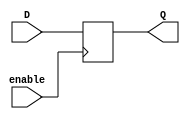
module gated_d_latch_flip_flop (
    input D,
    input enable,
    output reg Q
);

always @ (posedge enable)
begin
    if (enable)
        Q <= D;
end

endmodule